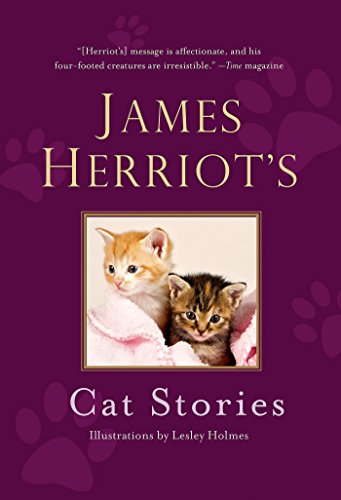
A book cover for James Herriot's Cat Stories; James Herriot; Crafts, Hobbies & Home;